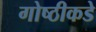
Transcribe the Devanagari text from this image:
गोष्ठीकडे